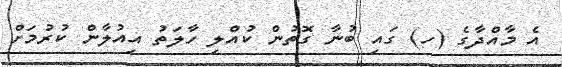
އެ މާއްދާގެ (ހ) ގައި ބުނާ ގޮތުން ކުއްލި ހާލަތު އިއުލާން ކުރުމަށް